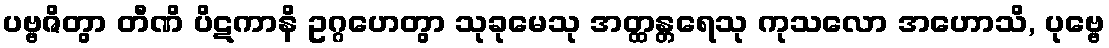
ပဗ္ဗဇိတွာ တီဏိ ပိဋကာနိ ဥဂ္ဂဟေတွာ သုခုမေသု အတ္ထန္တရေသု ကုသလော အဟောသိ, ပုဗ္ဗေ